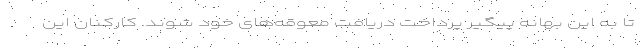
تا به این بهانه پیگیر پرداخت دریافت معوقه‌های خود شوند. کارکنان این